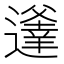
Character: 𨗾